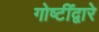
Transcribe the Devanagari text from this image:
गोष्टींद्वारे